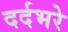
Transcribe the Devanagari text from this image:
दर्दभरे